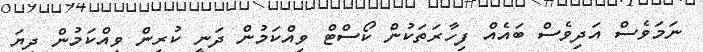
ނަމަވެސް އަދިވެސް ބައެއް ފިހާރަތަކުން ކޯސްޓް ވިއްކަމުން ދަނީ ކުރިން ވިއްކަމުން ދިޔަ